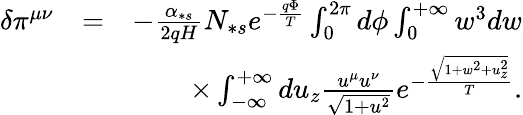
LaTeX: \begin{array}{rlr}{\delta\pi^{\mu\nu}}&{=}&{-\frac{\alpha_{\ast s}}{2qH}N_{\ast s}e^{-\frac{q\Phi}{T}}\int_{0}^{2\pi}d\phi\int_{0}^{+\infty}w^{3}dw}\\ &{}&{\times\int_{-\infty}^{+\infty}du_{z}\frac{u^{\mu}u^{\nu}}{\sqrt{1+u^{2}}}e^{-\frac{\sqrt{1+w^{2}+u_{z}^{2}}}{T}}.}\end{array}